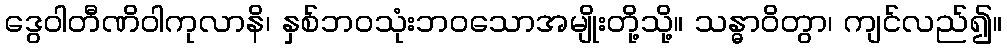
ဒွေဝါတီဏိဝါကုလာနိ၊ နှစ်ဘဝသုံးဘဝသောအမျိုးတို့သို့။ သန္ဓာဝိတွာ၊ ကျင်လည်၍။